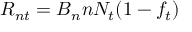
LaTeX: R _ { n t } = B _ { n } n N _ { t } ( 1 - f _ { t } )